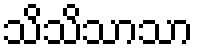
သိသိသာသာ